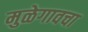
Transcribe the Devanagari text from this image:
मुळेगावचा